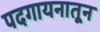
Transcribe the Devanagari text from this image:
पदगायनातून